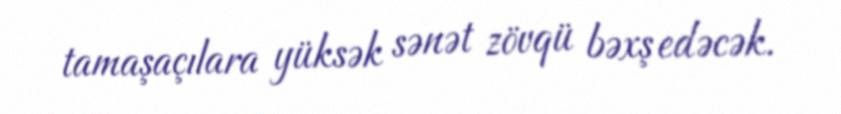
tamaşaçılara yüksək sənət zövqü bəxş edəcək.